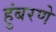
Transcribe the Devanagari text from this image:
हुंबरणे